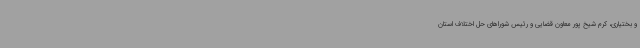
و بختیاری، کرم شیخ پور معاون قضایی و رئیس شوراهای حل اختلاف استان